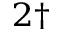
^ { 2 \dagger }